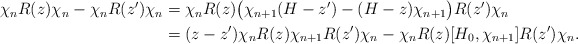
\begin{align*}\begin{aligned}\chi_n R(z)\chi_n - \chi_n R(z')\chi_n &= \chi_nR(z)\big(\chi_{n+1}(H-z') - (H-z)\chi_{n+1}\big)R(z')\chi_n\\&= (z-z') \chi_n R(z) \chi_{n+1} R(z')\chi_n - \chi_n R(z) [H_0,\chi_{n+1}]R(z')\chi_n.\end{aligned}\end{align*}